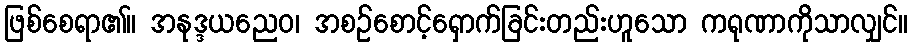
ဖြစ်စေရာ၏။ အနုဒ္ဒယညေဝ၊ အစဉ်စောင့်ရှောက်ခြင်းတည်းဟူသော ကရုဏာကိုသာလျှင်။